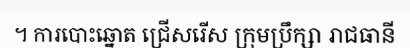
។ ការបោះឆ្នោត ជ្រើសរើស ក្រុមប្រឹក្សា រាជធានី